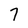
Character: 7